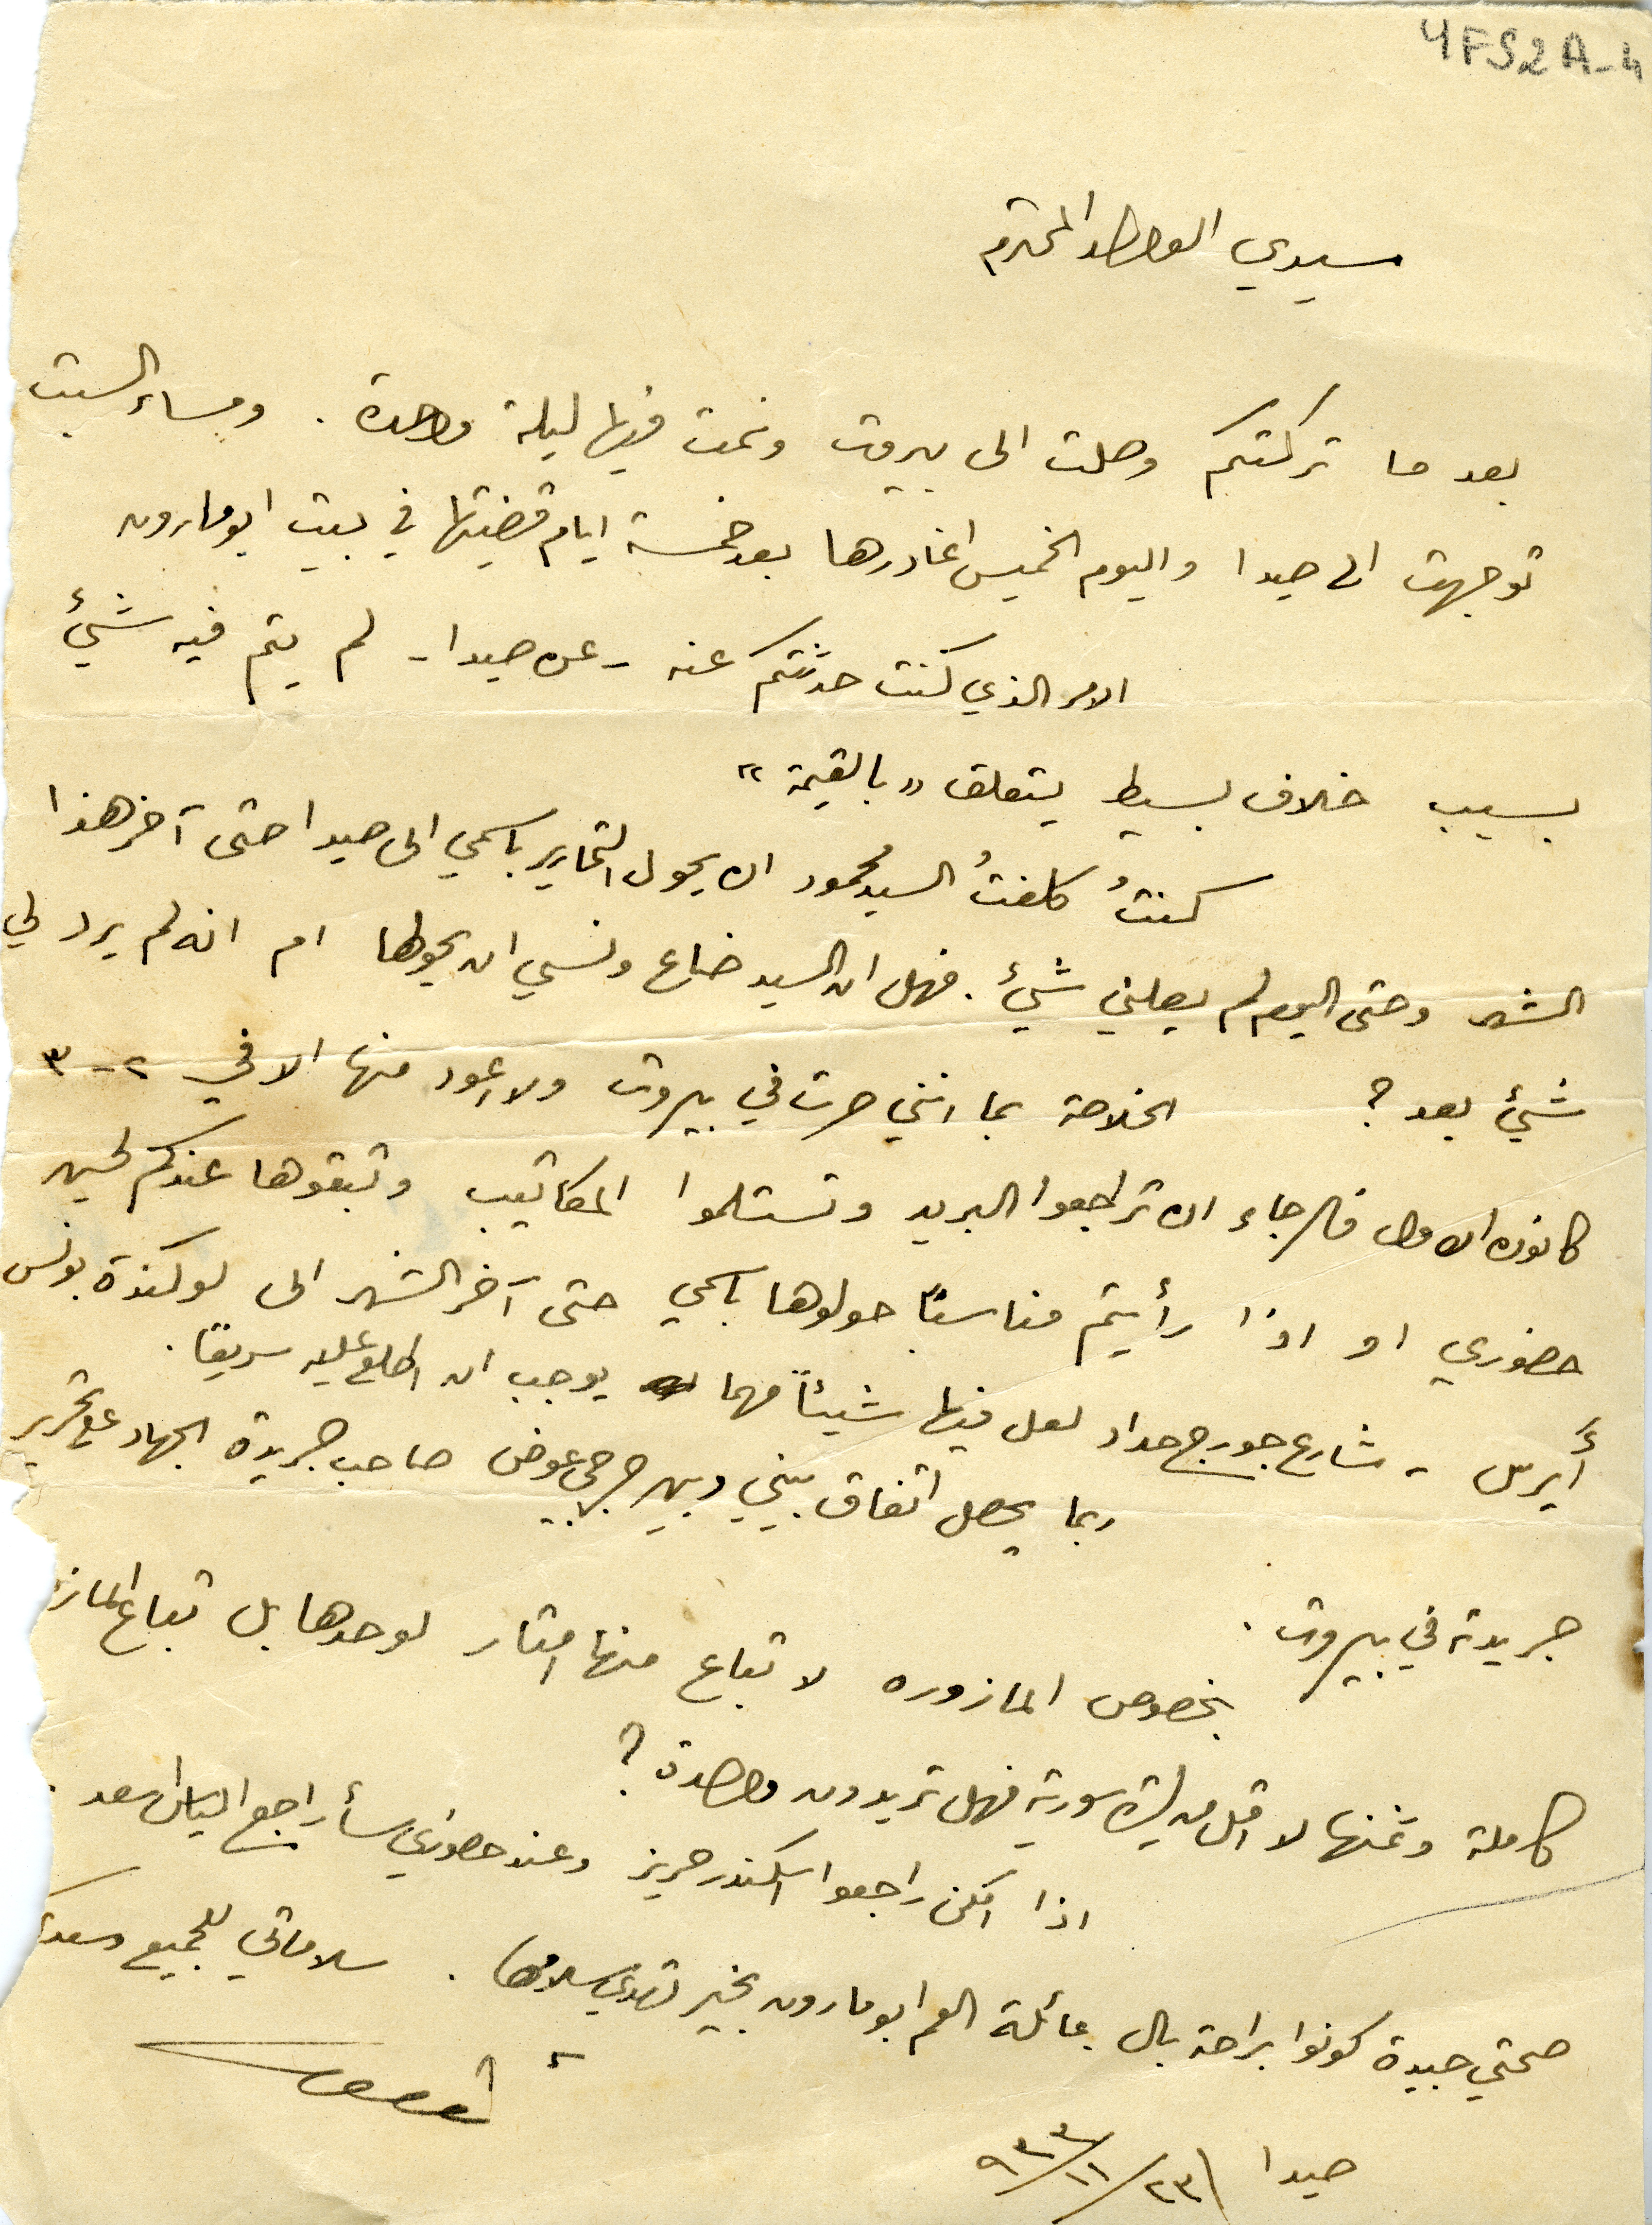
YFS2A-1
سيدي الوالد المحترم
بعدما تركتكم وصلت الى بيروت ونمت فيها ليلة واحدة. ومساء السبت
توجهت الى صيدا واليوم الخميس اغادرها بعد خمسة ايام قضيتها في بيت ابو مارون
الامر الذي كنت حدثتكم عنه - عن صيدا - لم يتم فيه شيئ
بسبب خلاف بسيط يتعلق "بالقيمة"
كنتُ كلفتُ السيد محمود ان يحول التحارير باسمي الى صيدا حتى اخر هذا
الشهر وحتى اليوم لم يصلني شيء . فهل ان السيد ضاع ونسي ان يحولها ام انه لم يرد لي
شيء بعد؟
الخلاصة بما انني صرت في بيروت ولا اعود منها الا في ٢ -٣
كانون الاول فالرجاء ان تراجعوا البريد وتستلموا المكاتيب وتبقوها عندكم لحين
حضوري او اذا رأيتم مناسبًا حولوها باسمي حتى آخر الشهر الى لوكندة بونس
أَيرس - شارع جورج حداد لعل فيها شيئاً مهما يوجب ان اطلع عليه سريعًا
ربما يحصل اتفاق بيني وبين جرجي عوض صاحب جريدة الجهاد على تحرير
جريدته في بيروت.
بخصوص المازوره لا تباع منها امتار لوحدها بل تباع الماز
كاملة وثمنها لا اقل من ليرة سورية فهل تريدون واحدة؟
اذا امكن راجعوا اسكندر حريز وعند حضورى سأراجع الياس اسعد
صحتي جيدة كونوا براحة بال عائلة العم ابو مارون بخير تهدي سلامها.
سلاماتي للجميع وسعد
صيدا ٩٣٣/١١/٢٣